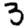
Digit: 3